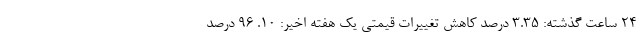
۲۴ ساعت گذشته: ۳.۳۵ درصد کاهش تغییرات قیمتی یک هفته اخیر: ۱۰. ۹۶ درصد